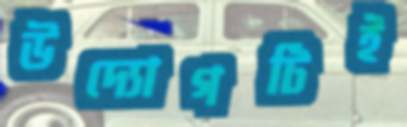
উদ্যোগটিই